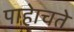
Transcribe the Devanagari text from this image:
पाहेाचते